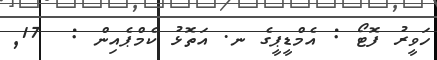
ހަވީރު ފޮޓޯ : އެމްޑީޕީގެ ނ. އަތޮޅު ކެމްޕެއިން :  17